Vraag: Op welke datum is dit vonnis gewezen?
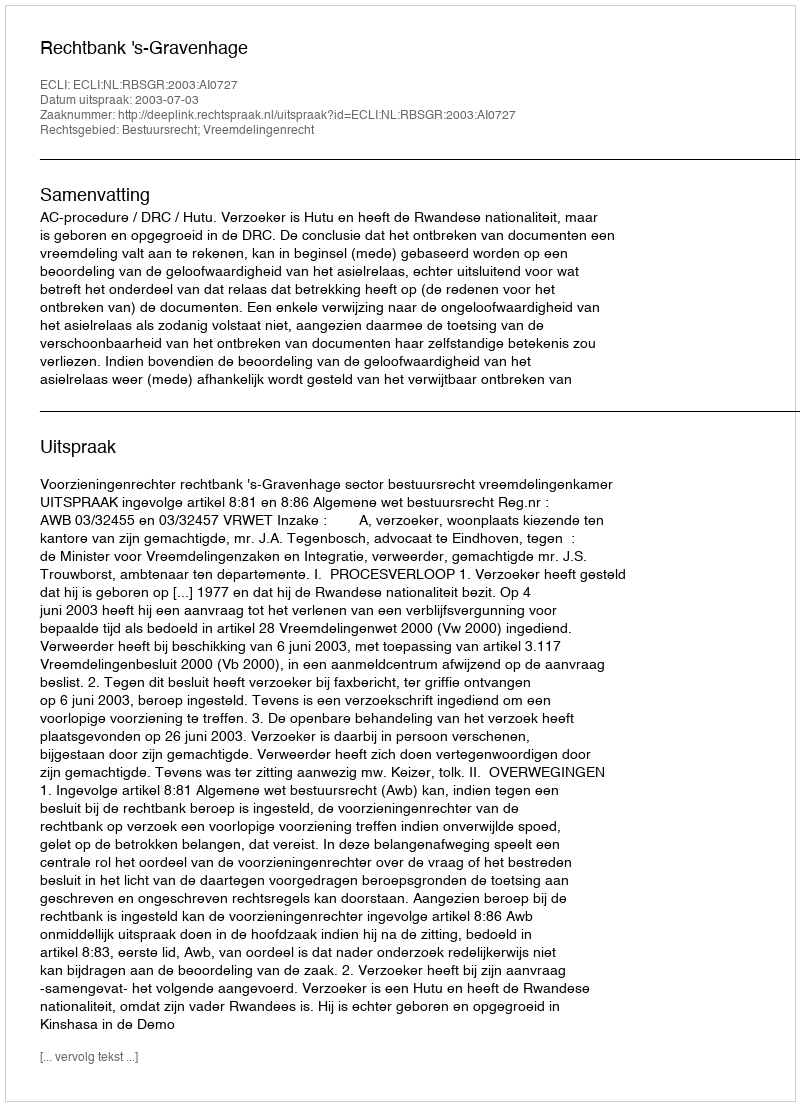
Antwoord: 2003-07-03